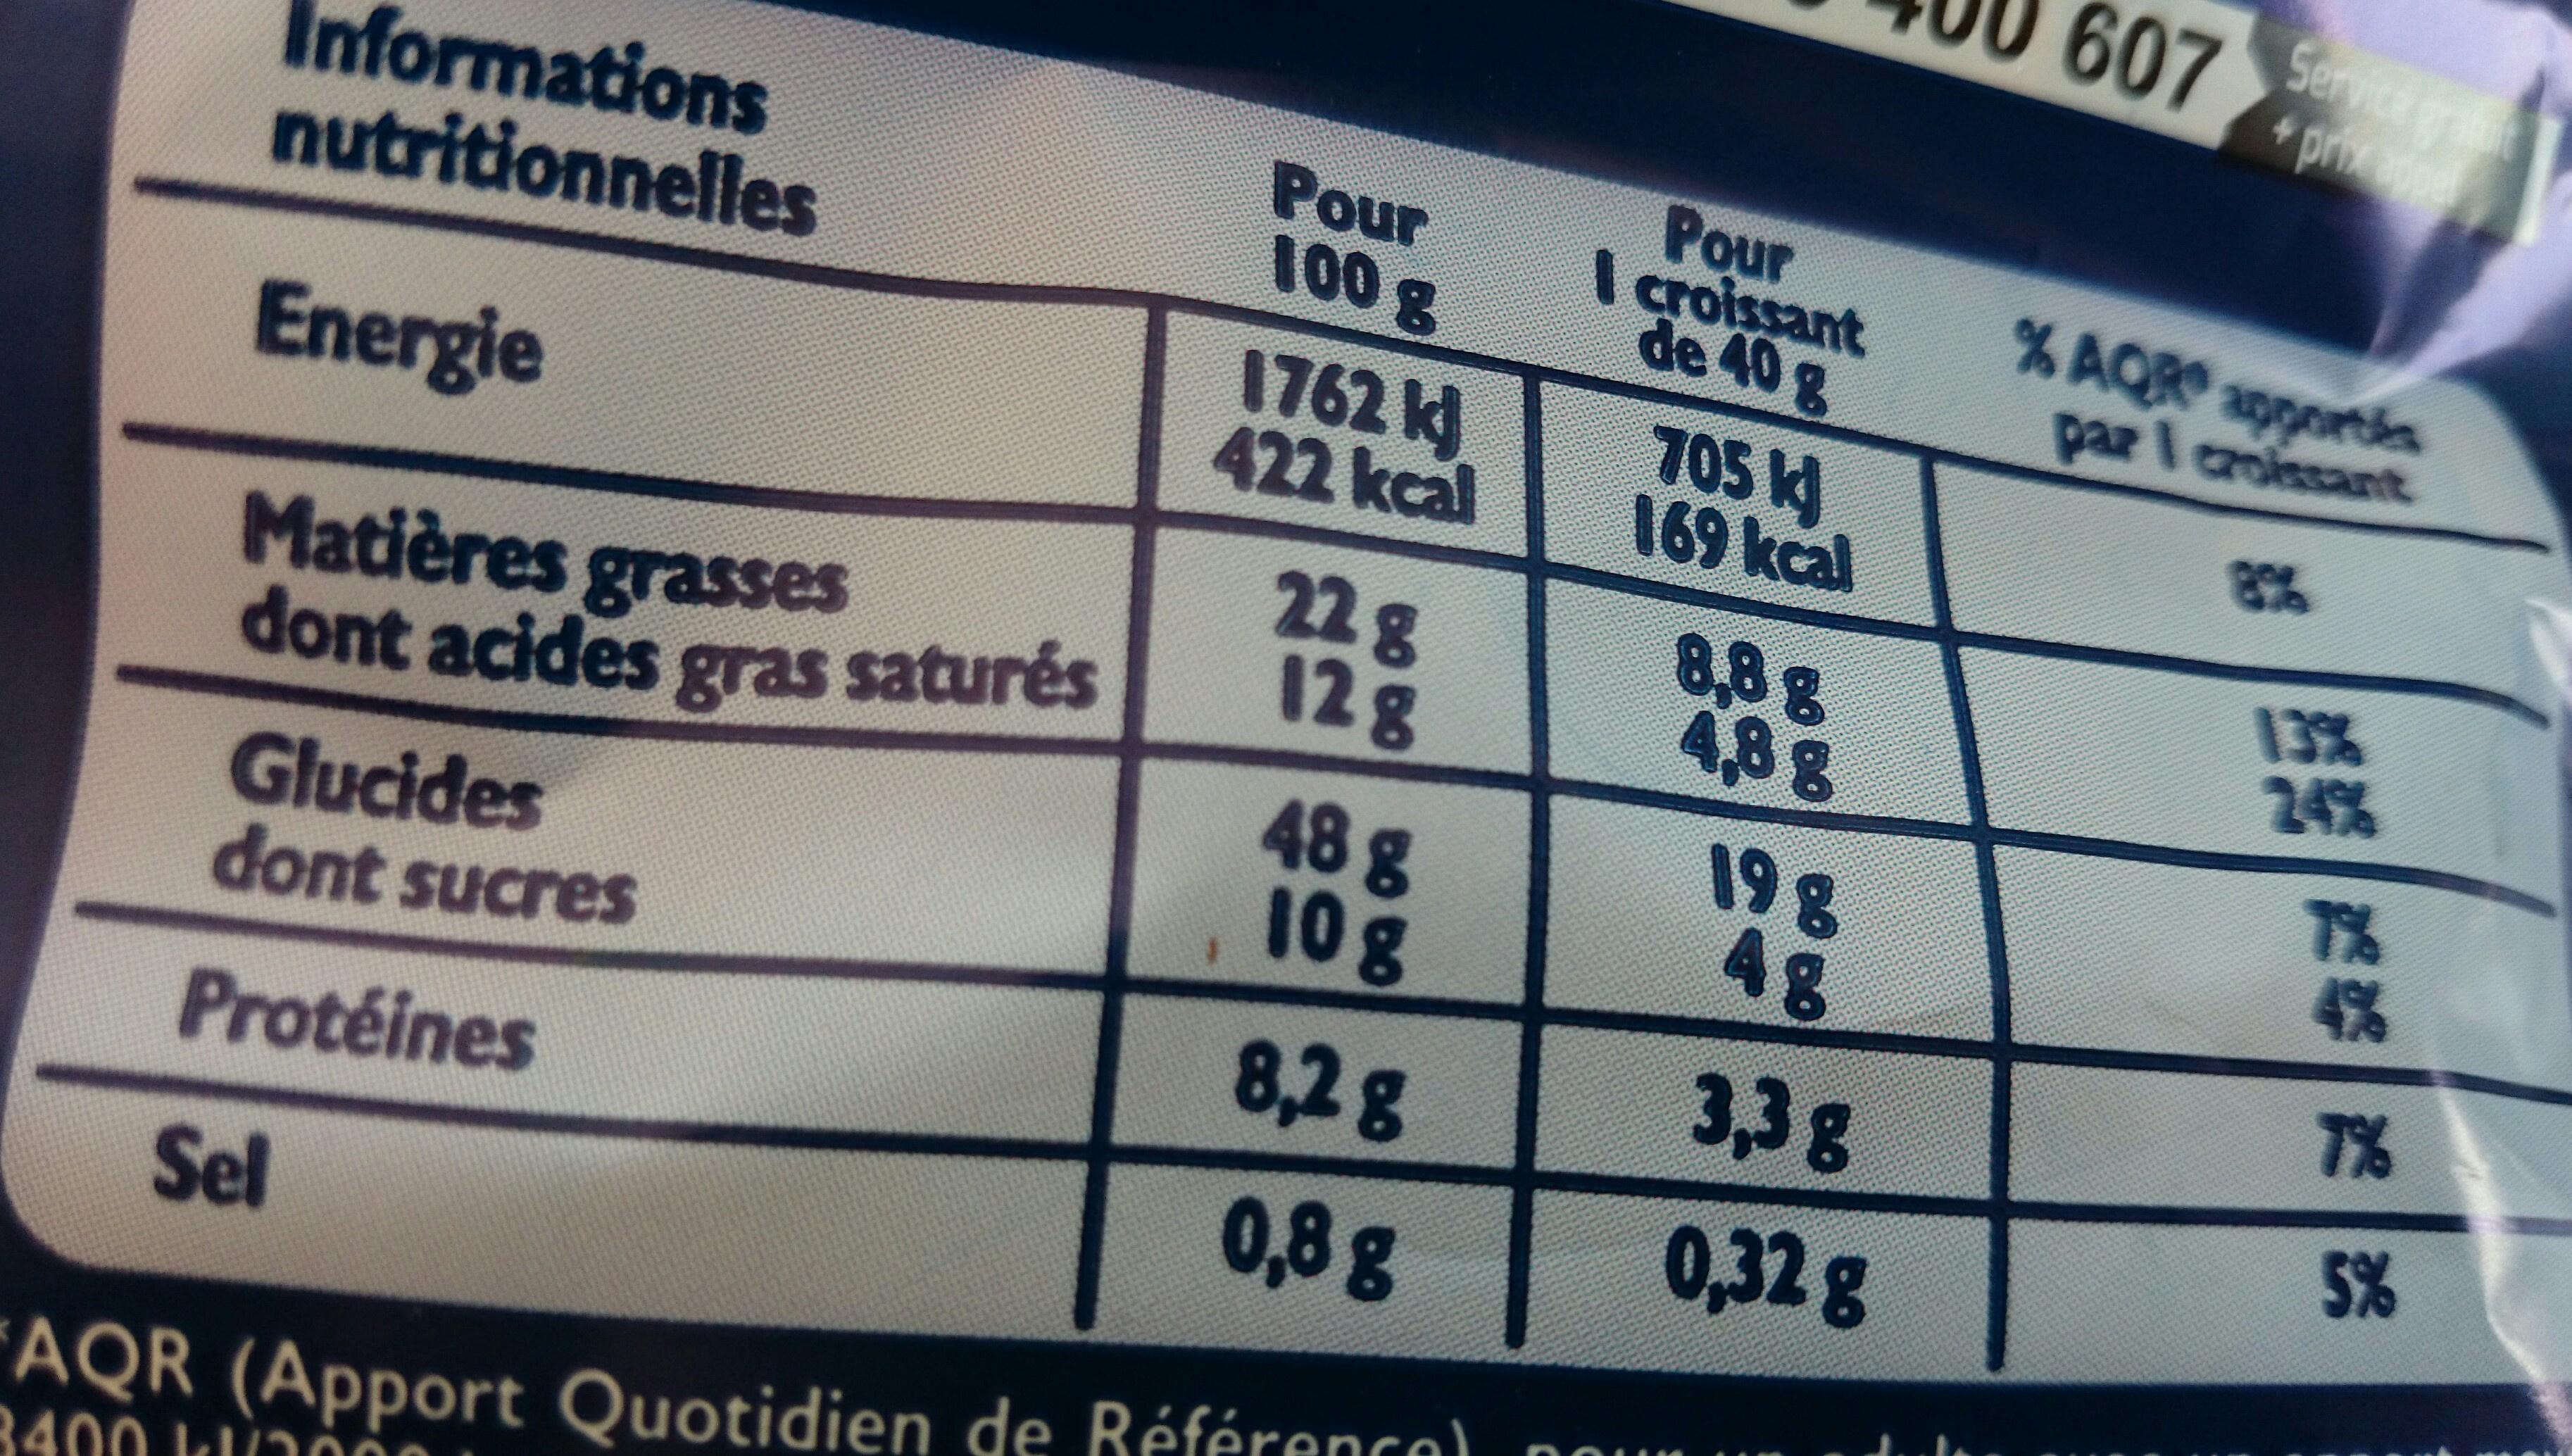
Servic prae Informations nutritionnelles Pour I croissant de 40 g Pour % AQR apportin par l caroissart 1762 k] 422 kcal 705 169 kcal Energie 88B 4,8 13% 24% 22 8 128 Matières grasses dont acides gras saturés 19 g 4 g 48 8 10g 4% Glucides dont sucres T% 3,3g 0,32 g 8,2g 5% Protéines 0,8g Sel AQR (Apport Quotidien de Référenca). 400 Lno0